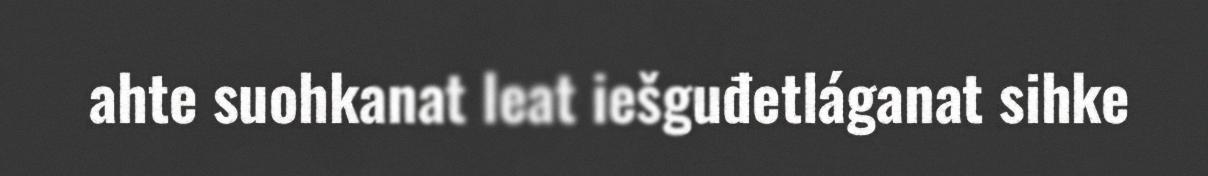
ahte suohkanat leat iešguđetláganat sihke